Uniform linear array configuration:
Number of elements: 64
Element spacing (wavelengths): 0.75
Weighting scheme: binomial
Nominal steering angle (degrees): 60
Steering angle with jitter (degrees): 59.271
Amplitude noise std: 0.05
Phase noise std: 0.05

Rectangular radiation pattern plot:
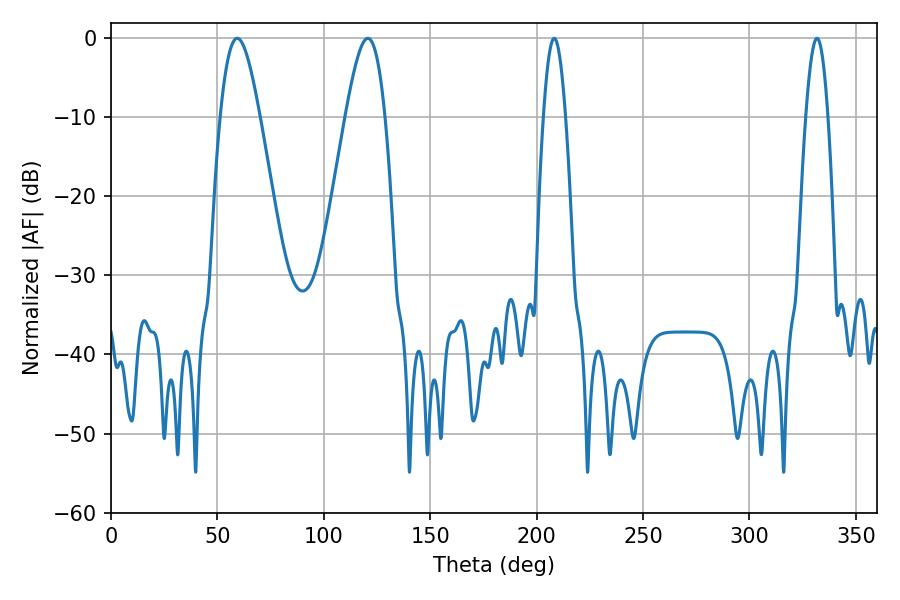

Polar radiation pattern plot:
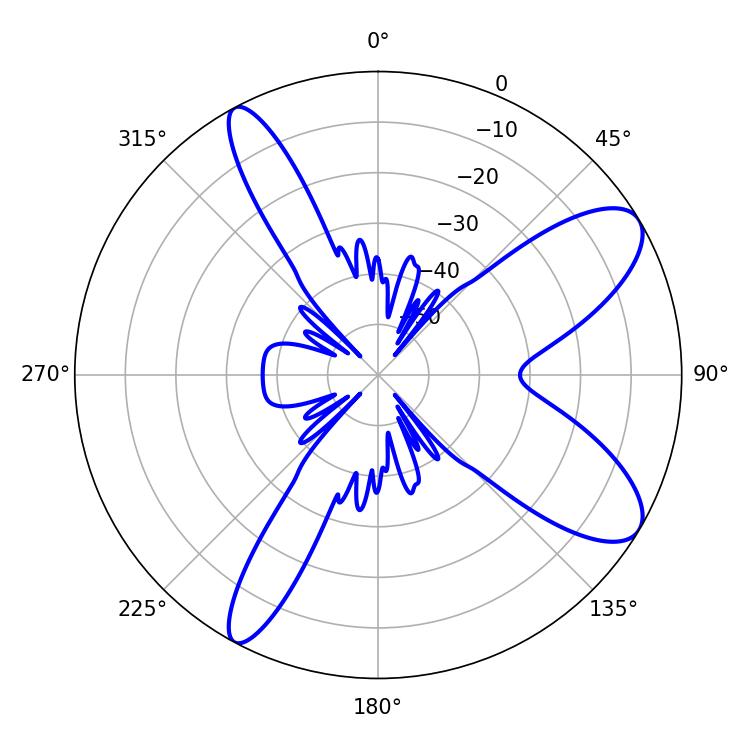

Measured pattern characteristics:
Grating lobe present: TRUE
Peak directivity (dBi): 9.428
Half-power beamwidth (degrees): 5.58
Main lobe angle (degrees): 331.74